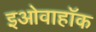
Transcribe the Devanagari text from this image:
इओवाहॉक